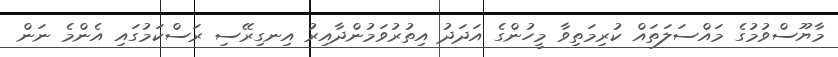
މާޔޫސްވުމުގެ މައްސަލަތައް ކުރިމަތިވާ މީހުންގެ އަދަދު އިތުރުވަމުންދާއިރު އިނގިރޭސި ރަސްކަމުގައި އެންމެ ނަން